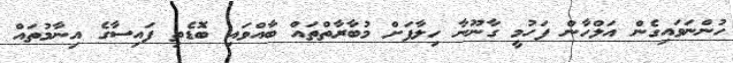
ހުންނަވައިގެން އަލްހާން ފަހުމީ ގާނޫނާ ހިލާފަށް މުބާރާތްތައް ބާއްވައި ބޮޑެތި ފައިސާގެ އިނާމުތައް